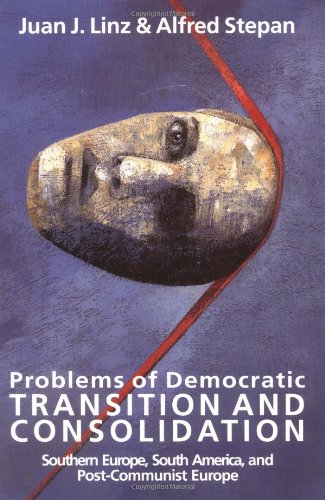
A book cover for Problems of Democratic Transition and Consolidation: Southern Europe, South America, and Post-Communist Europe; Juan J. Linz; Business & Money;